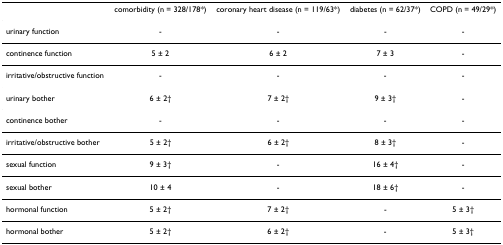
|  | comorbidity (n = 328/178*) | coronary heart disease (n = 119/63*) | diabetes (n = 62/37*) | COPD (n = 49/29*) |
 | --- | --- | --- | --- | --- |
 | urinary function | - | - | - | - |
 | continence function | 5 ± 2 | 6 ± 2 | 7 ± 3 | - |
 | irritative/obstructive function | - | - | - | - |
 | urinary bother | 6 ± 2† | 7 ± 2† | 9 ± 3† | - |
 | continence bother | - | - | - | - |
 | irritative/obstructive bother | 5 ± 2† | 6 ± 2† | 8 ± 3† | - |
 | sexual function | 9 ± 3† | - | 16 ± 4† | - |
 | sexual bother | 10 ± 4 | - | 18 ± 6† | - |
 | hormonal function | 5 ± 2† | 7 ± 2† | - | 5 ± 3† |
 | hormonal bother | 5 ± 2† | 6 ± 2† | - | 5 ± 3† |